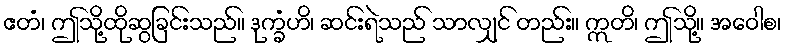
ဧတံ၊ ဤသို့ထိုဆွခြင်းသည်။ ဒုက္ခံဟိ၊ ဆင်းရဲသည် သာလျှင် တည်း။ ဣတိ၊ ဤသို့။ အဝေါစ၊